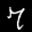
Digit: 7